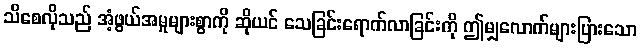
သိစေလိုသည် အံ့ဖွယ်အမှုများစွာကို ဆိုယင် သေခြင်းရောက်လာခြင်းကို ဤမျှလောက်များပြားသော